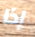
إذا